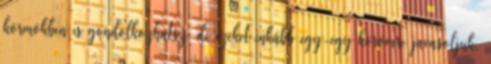
körmökben is gondolkozhatsz, de ezeket inkább egy-egy körömre javasoljuk,